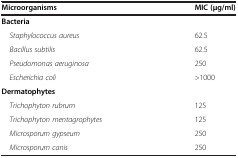
<table><thead><tr><td><b>Microorganisms</b></td><td><b>MIC (μg/ml)</b></td></tr></thead><tbody><tr><td><b>Bacteria</b></td><td></td></tr><tr><td> <i>Staphylococcus aureus</i></td><td>62.5</td></tr><tr><td> <i>Bacillus subtilis</i></td><td>62.5</td></tr><tr><td> <i>Pseudomonas aeruginosa</i></td><td>250</td></tr><tr><td> <i>Escherichia coli</i></td><td>&gt;1000</td></tr><tr><td><b>Dermatophytes</b></td><td></td></tr><tr><td> <i>Trichophyton rubrum</i></td><td>125</td></tr><tr><td> <i>Trichophyton mentagrophytes</i></td><td>125</td></tr><tr><td> <i>Microsporum gypseum</i></td><td>250</td></tr><tr><td> <i>Microsporum canis</i></td><td>250</td></tr></tbody></table>